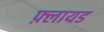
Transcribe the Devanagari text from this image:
फ़्लायड